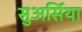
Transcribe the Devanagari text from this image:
सुअर्सिया